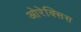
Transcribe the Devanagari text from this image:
ओरेक्सिस